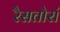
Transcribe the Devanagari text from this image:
रैसतोरां